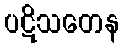
ပဋိသတေန